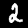
Label: 2